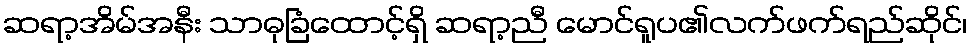
ဆရာ့အိမ်အနီး သာဓုခြံထောင့်ရှိ ဆရာ့ညီ မောင်ရူပ၏လက်ဖက်ရည်ဆိုင်၊